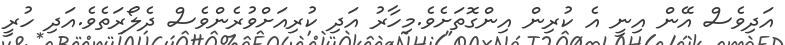
އަދިވެސް އޭން އިނީ އެ ކުރިން އިންގޮތަށެވެ.މިހާރު އަދި ކުރިއަށްވުރެންވެސް ދެލޯރަތެވެ.އަދި ހުރީ